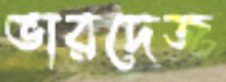
ভারদেজ